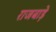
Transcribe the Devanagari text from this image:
राजबाड़े